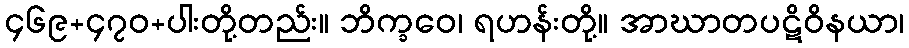
၄၆၉+၄၇၀+ပါးတို့တည်း။ ဘိက္ခဝေ၊ ရဟန်းတို့။ အာဃာတပဋိဝိနယာ၊